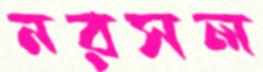
নরসল